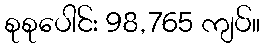
စုစုပေါင်း 98,765 ကျပ်။